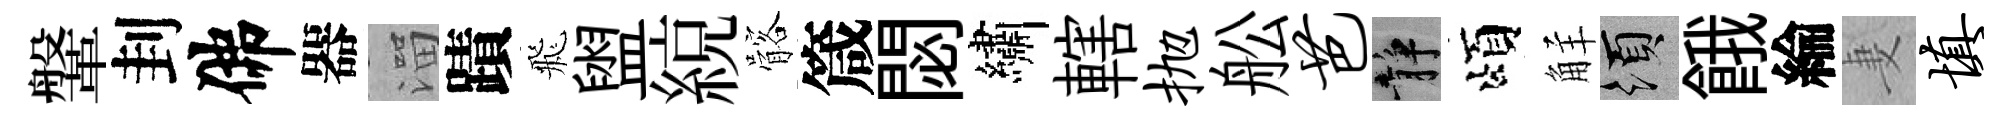
鞶刲佛器溜蹟飛盥綂髂箴閟繡轄抛舩芭静頌觧須餓綸妻填